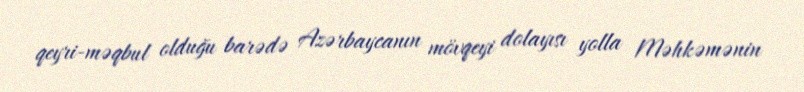
qeyri-məqbul olduğu barədə Azərbaycanın mövqeyi dolayısı yolla Məhkəmənin